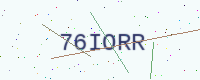
Text: 76IORR